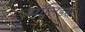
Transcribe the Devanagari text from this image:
सॉलिड्स